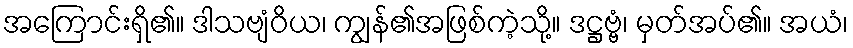
အကြောင်းရှိ၏။ ဒါသဗျံဝိယ၊ ကျွန်၏အဖြစ်ကဲ့သို့။ ဒဋ္ဌဗ္ဗံ၊ မှတ်အပ်၏။ အယံ၊